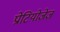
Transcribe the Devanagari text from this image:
प्रोटियोज़ेज़